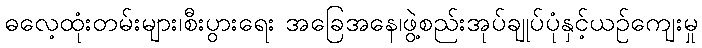
ဓလေ့ထုံးတမ်းများ၊စီးပွားရေး အခြေအနေ၊ဖွဲ့စည်းအုပ်ချုပ်ပုံနှင့်ယဉ်ကျေးမှု